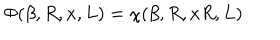
\Phi ( \beta , R , x , L ) = \chi ( \beta , R , x R , L )